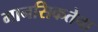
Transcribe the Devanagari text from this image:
मानसिकतेचा